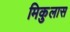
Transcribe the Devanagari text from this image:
मिकुलास